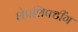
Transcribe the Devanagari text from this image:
शेपशिफ्टींग